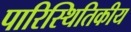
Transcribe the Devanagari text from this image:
पारिस्‍थितिकीय